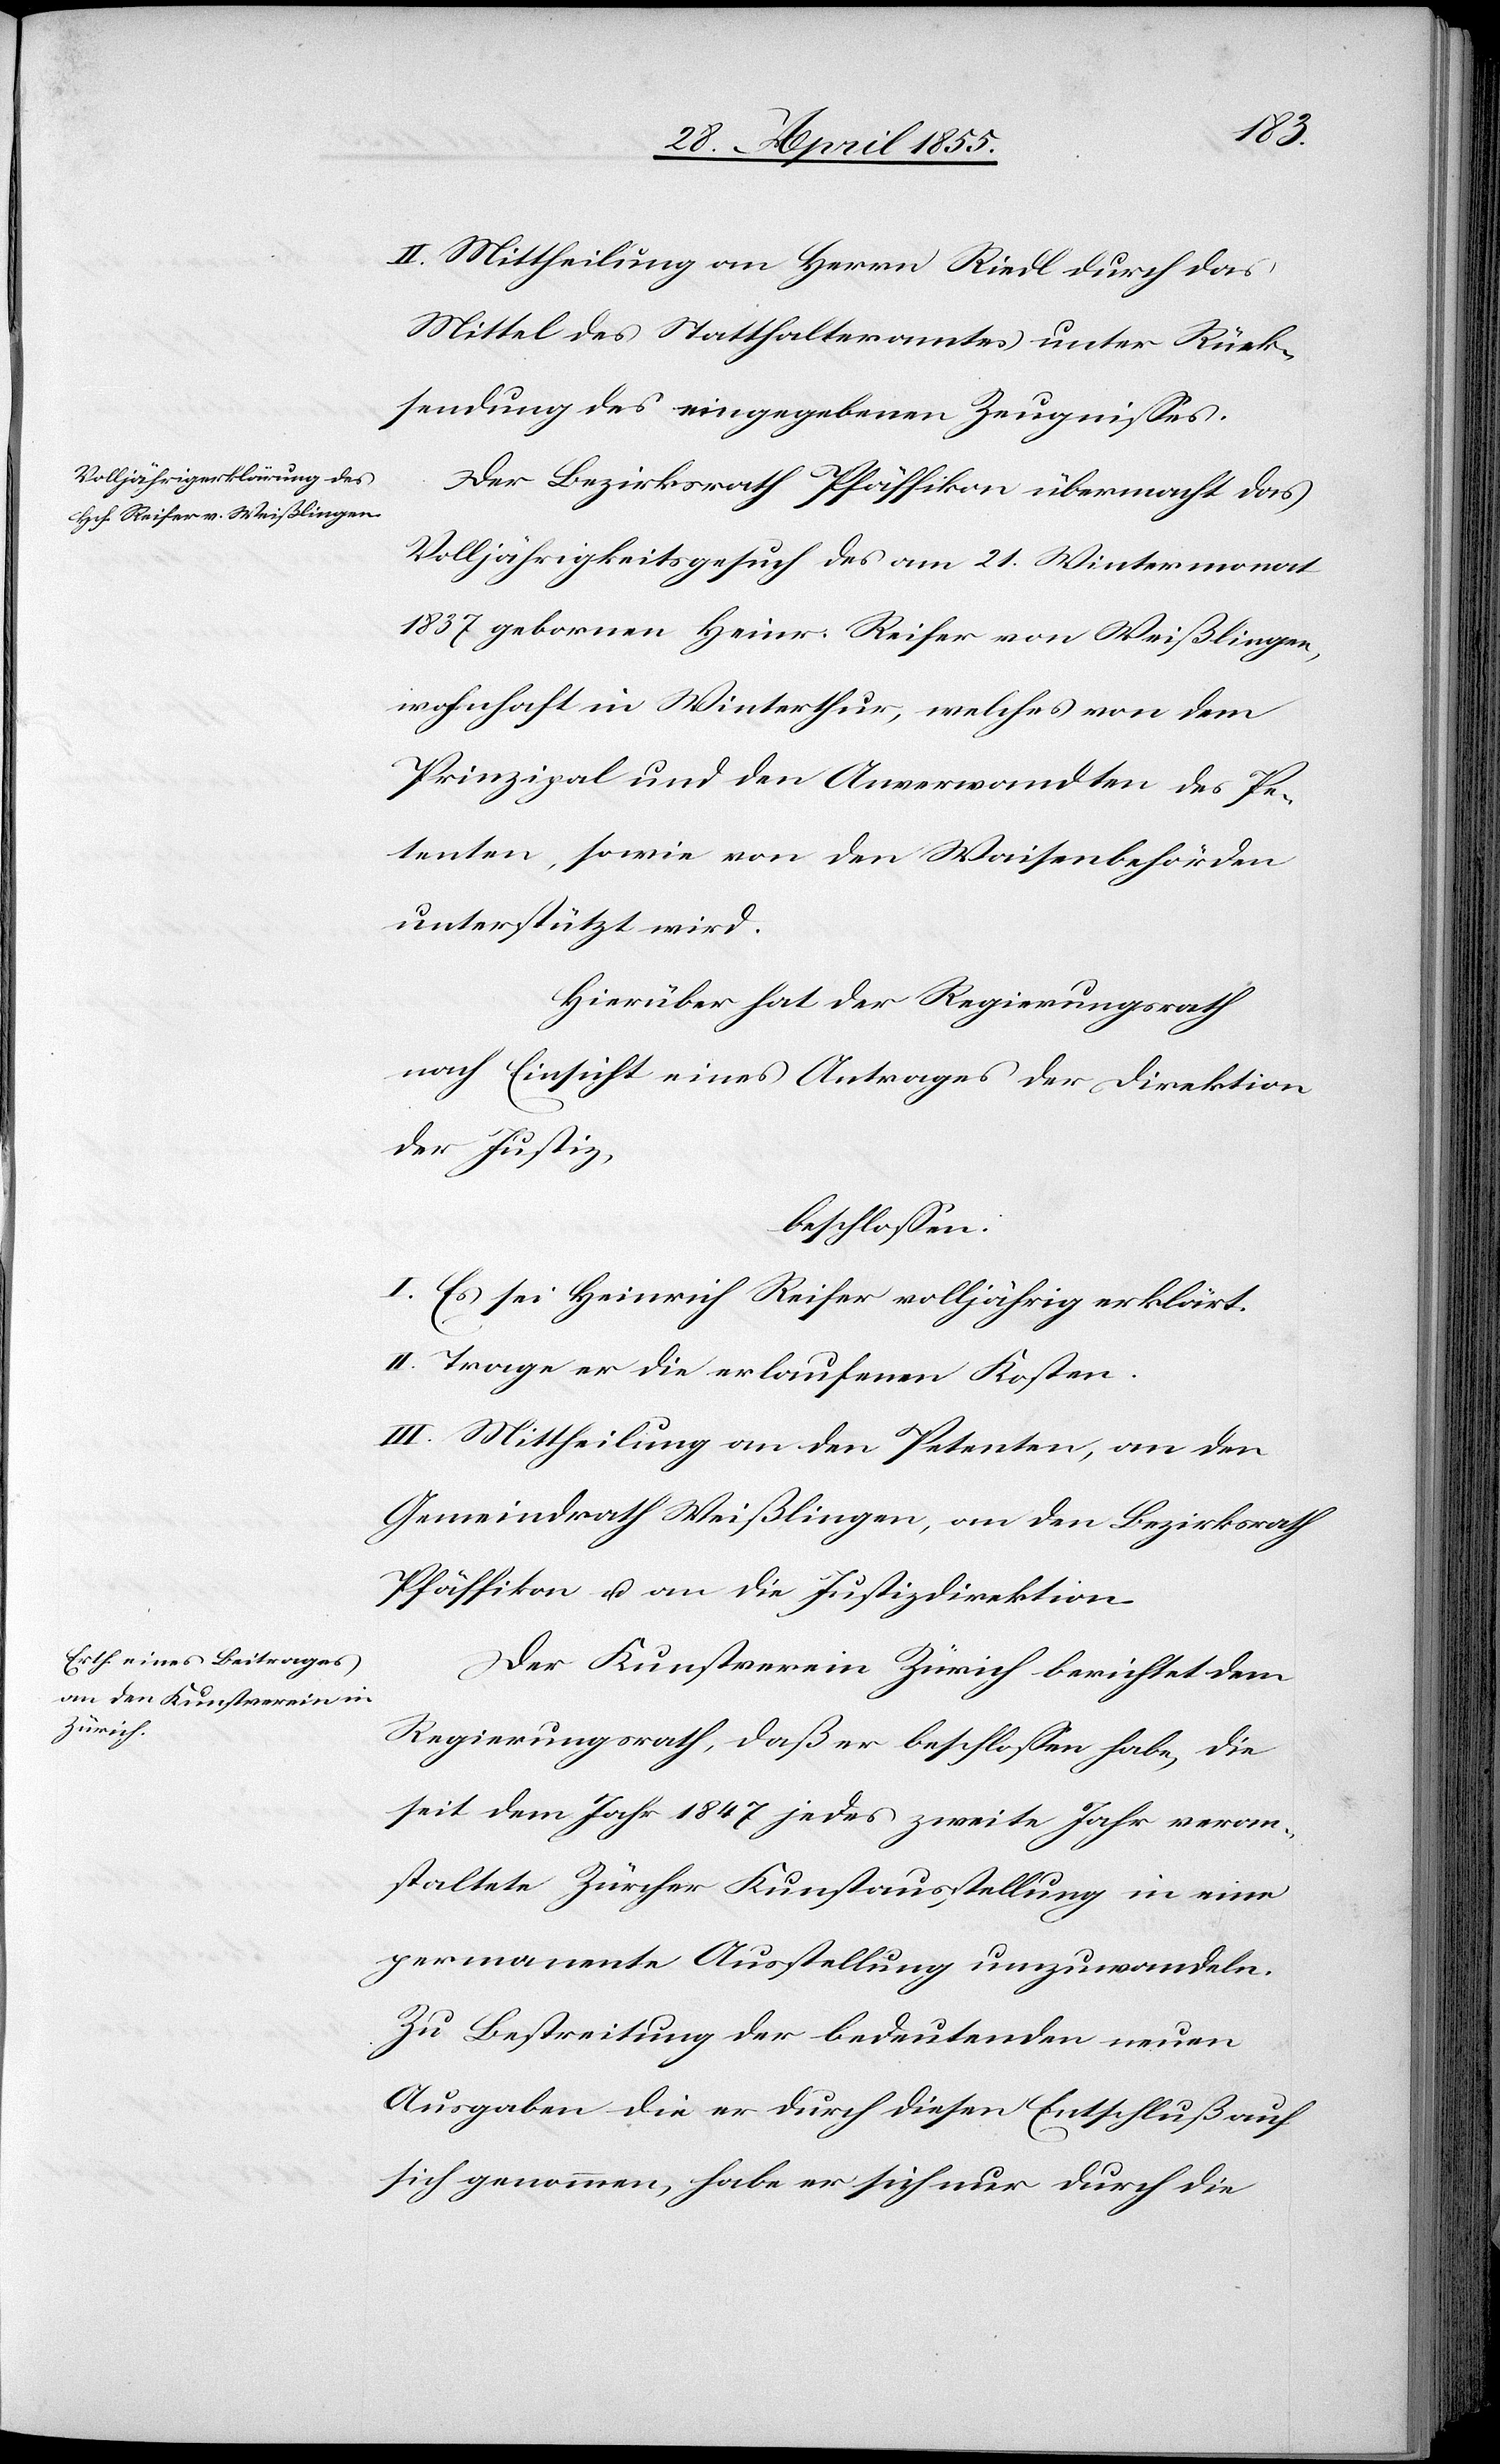
II. Mittheilung an Herrn Riedl durch das
Mittel des Statthalteramtes unter Rück¬
sendung des eingegebenen Zeugnisses.
Der Bezirksrath Pfäffikon übermacht das
Volljährigkeitsgesuch des am 21. Wintermonat
1837 gebornen Heinr. Reifer von Weißlingen,
wohnhaft in Winterthur, welches von dem
Prinzipal und den Anverwandten des Pe¬
tenten, sowie von den Waisenbehörden
unterstützt wird.
Hierüber hat der Regierungsrath
nach Einsicht eines Antrages der Direktion
der Justiz,
beschlossen:
I. Es sei Heinrich Reifer volljährig erklärt.
II. Trage er die erlaufenen Kosten.
III. Mittheilung an den Petenten, an den
Gemeindrath Weißlingen, an den Bezirksrath
Pfäffikon u. an die Justizdirektion.
Der Kunstverein Zürich berichtet dem
Regierungsrath, daß er beschlossen habe, die
seit dem Jahr 1847 jedes zweite Jahr veran¬
staltete Zürcher Kunstausstellung in eine
permanente Ausstellung umzuwandeln.
Zu Bestreitung der bedeutenden neuen
Ausgaben die er durch diesen Entschluß auf
sich genommen, habe er sich nur durch die